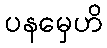
ပနမှေဟိ